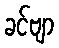
ခင်ဗျာ